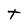
Character: t